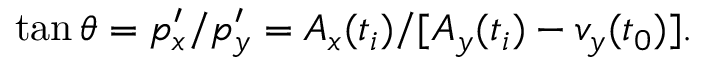
\tan \theta = p _ { x } ^ { \prime } / p _ { y } ^ { \prime } = A _ { x } ( t _ { i } ) / [ A _ { y } ( t _ { i } ) - v _ { y } ( t _ { 0 } ) ] .